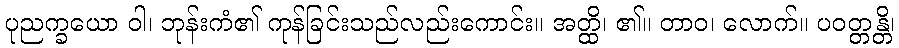
ပုညက္ခယော ဝါ၊ ဘုန်းကံ၏ ကုန်ခြင်းသည်လည်းကောင်း။ အတ္ထိ၊ ၏။ တာဝ၊ လောက်။ ပဝတ္တန္တိ၊